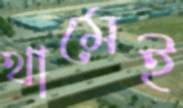
থামেই